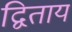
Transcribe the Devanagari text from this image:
द्विताय